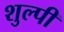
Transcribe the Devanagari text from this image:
शुल्पी